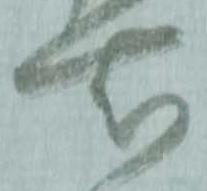
右